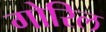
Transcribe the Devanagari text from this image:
गोरिल